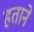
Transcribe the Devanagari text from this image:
हताने